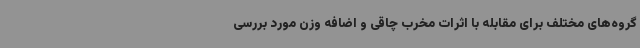
گروه‌های مختلف برای مقابله با اثرات مخرب چاقی و اضافه وزن مورد بررسی